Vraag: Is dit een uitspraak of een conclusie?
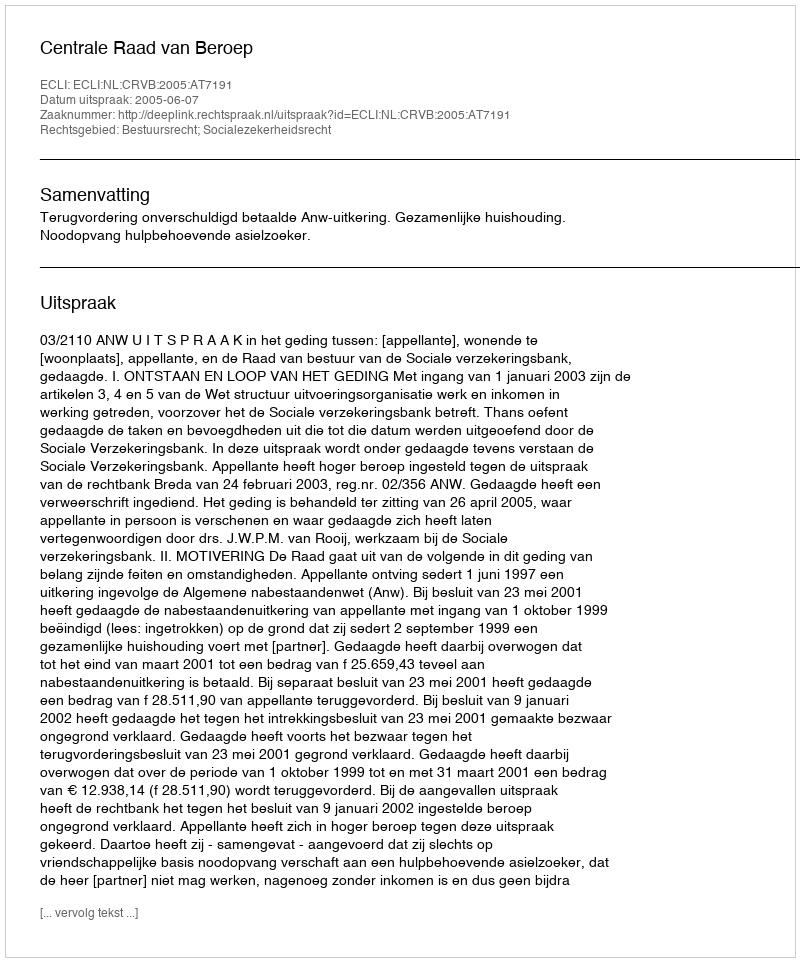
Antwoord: Uitspraak